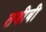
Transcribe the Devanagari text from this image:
तबीबी